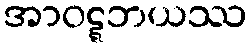
အာဝဋ္ဋဘယဿ